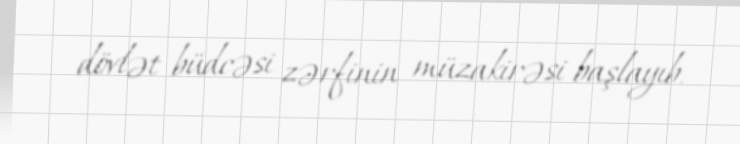
dövlət büdcəsi zərfinin müzakirəsi başlayıb.